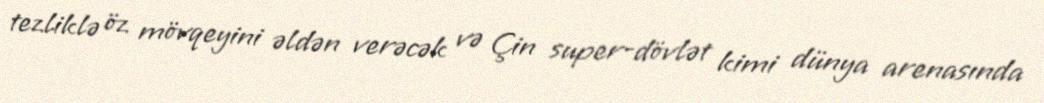
tezliklə öz mövqeyini əldən verəcək və Çin super-dövlət kimi dünya arenasında